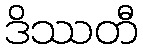
ဒိဿတီ